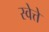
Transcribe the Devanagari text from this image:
स्वेत्ते